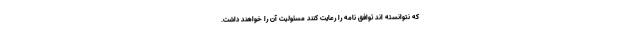
که نتوانسته اند توافق نامه را رعایت کنند مسئولیت آن را خواهند داشت.